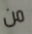
من